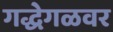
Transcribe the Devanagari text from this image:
गद्धेगळवर